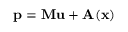
\mathbf { p } = \mathbf { M } \mathbf { u } + \mathbf { A } ( \mathbf { x } )